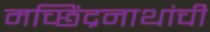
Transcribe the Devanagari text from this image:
मच्छिंद्रनाथांची